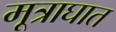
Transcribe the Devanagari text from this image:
मूत्राघात